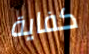
كفاية